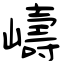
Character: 嶹